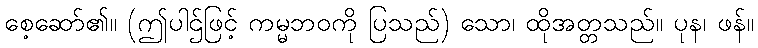
စေ့ဆော်၏။ (ဤပါဌ်ဖြင့် ကမ္မဘဝကို ပြသည်) သော၊ ထိုအတ္တသည်။ ပုန၊ ဖန်။